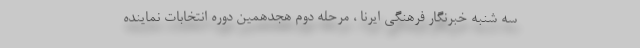
سه شنبه خبرنگار فرهنگی ایرنا ، مرحله دوم هجدهمین دوره انتخابات نماینده